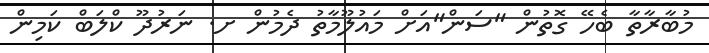
މުބާރާތާ ބެހޭ ގޮތުން "ސަން"އަށް މައުލޫމާތު ދެމުން ށ. ނަރުދޫ ކްލަބް ކަމިން